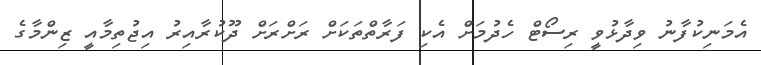
އެމަނިކުފާނު ވިދާޅުވީ ރިސޯޓް ހެދުމަށް އެކި ފަރާތްތަކަށް ރަށްރަށް ދޫކުރާއިރު އިޖުތިމާއީ ޒިންމާގެ